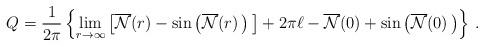
LaTeX: \begin{align*}Q=\frac{1}{2\pi}\left\{\lim_{r{\rightarrow}{\infty}}\left[\overline{\cal{N}}(r)-{\sin}\left(\overline{\cal{N}}(r)\,\right)\,\right]+2\pi\ell-\overline{\cal{N}}(0)+{\sin}\left(\overline{\cal{N}}(0)\,\right)\right\}\,.\end{align*}